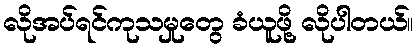
လိုအပ်ရင်ကုသမှုတွေ ခံယူဖို့ လိုပါတယ်။